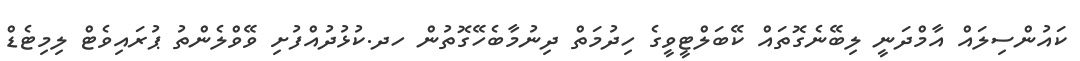
ކައުންސިލައް އާމްދަނީ ލިބޭނެގޮތައް ކޭބަލްޓީވީގެ ހިދުމަތް ދިނުމާބެހޭގޮތުން ހދ.ކުޅުދުއްފުށި ވޭވްލެންތު ޕުރައިވެޓް ލިމިޓެޑް